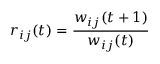
r _ { i j } ( t ) = \frac { w _ { i j } ( t + 1 ) } { w _ { i j } ( t ) }